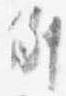
例